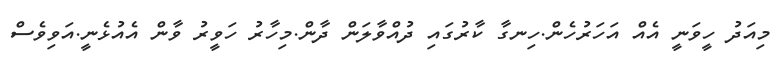
މިއަދު ހީވަނީ އެއް އަހަރުހެން.ހިނގާ ކާރުގައި ދުއްވާލަން ދާން.މިހާރު ހަވީރު ވާން އެއުޅެނީ.އަވިވެސް